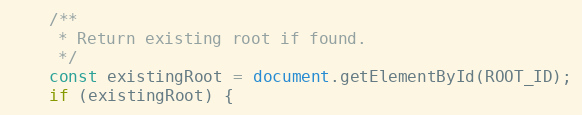
Language: JavaScript
    /**
     * Return existing root if found.
     */
    const existingRoot = document.getElementById(ROOT_ID);
    if (existingRoot) {